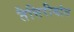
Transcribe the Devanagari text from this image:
तैत्तिरीयांत